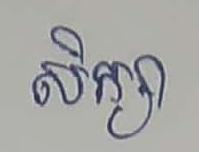
សិក្សា